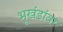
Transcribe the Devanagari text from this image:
भूखंडांवर